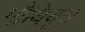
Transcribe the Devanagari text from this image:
मौथियूस